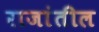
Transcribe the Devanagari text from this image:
राजांतील